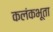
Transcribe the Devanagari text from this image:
कलंकभूता